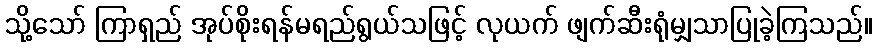
သို့သော် ကြာရှည် အုပ်စိုးရန်မရည်ရွယ်သဖြင့် လုယက် ဖျက်ဆီးရုံမျှသာပြုခဲ့ကြသည်။